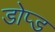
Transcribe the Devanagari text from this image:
डोप्ड